Madras plague regulations and rules for the city of Madras
Disease focus: Plague
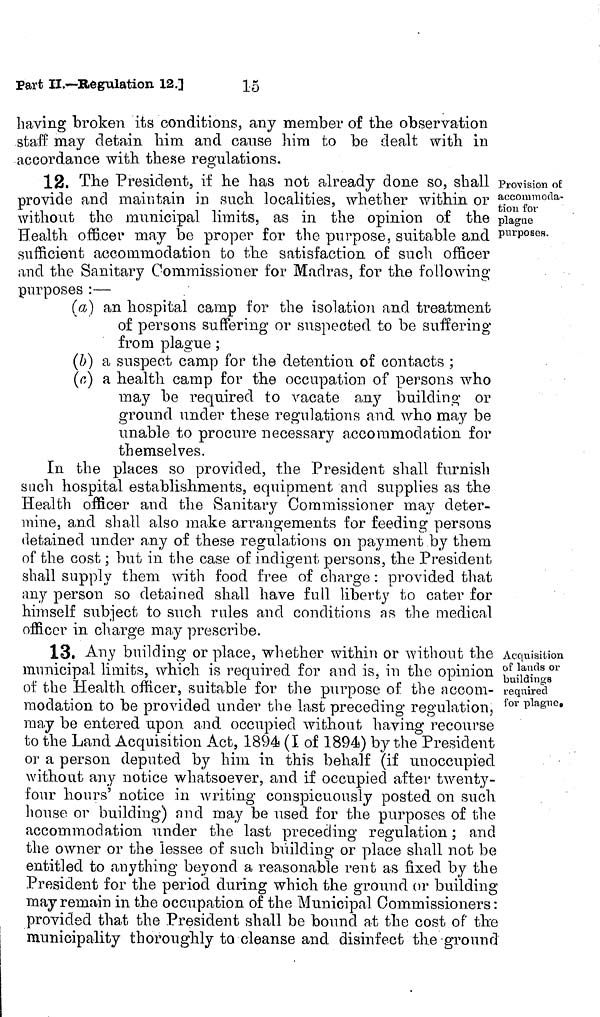
having broken its conditions, any member of the observation
staff may detain Mm and canse him to be dealt with in
accordance with these regulations.
Provision of
accommoda-
tion for
plague
purposes.
12. The President, if he has not already done so, shall
provide and maintain in such localities, whether within or
without the municipal limits, as in the opinion of the
Health officer may be proper for the purpose, suitable and
sufficient accommodation to the satisfaction of such officer
and the Sanitary Commissioner for Madras, for the following
purposes :—
(a) an hospital camp for the isolation and treatment
of persons suffering or suspected to be suffering
from plague ;
(b) a suspect camp for the detention of contacts ;
(c) a health camp for the occupation of persons who
may be required to vacate any building or
ground under these regulations and who may be
unable to procure necessary accommodation for
themselves.
In the places so provided, the President shall furnish
such hospital establishments, equipment and supplies as the
Health officer and the Sanitary Commissioner may deter-
mine, and shall also make arrangements for feeding persons
detained under any of these regulations on payment by them
of the cost ; but in the case of indigent persons, the President
shall supply them with food free of charge : provided that
any person so detained shall have full liberty to cater for
himself subject to such rules and conditions as the medical
officer in charge may prescribe.
Acquisition
of lands or
buildings
required
for plague.
13. Any building or place, whether within or without the
municipal limits, which is required for and is, in the opinion
of the Health officer, suitable for the purpose of the accom-
modation to be provided under the last preceding regulation,
may be entered upon and occupied without having recourse
to the Land Acquisition Act, 1894 (I of 1894) by the President
or a person deputed by him in this behalf (if unoccupied
without any notice whatsoever, and if occupied after twenty-
four hours' notice in writing conspicuously posted on such
house or building) and may be used for the purposes of the
accommodation under the last preceding regulation ; and
the owner or the lessee of such building or place shall not be
entitled to anything beyond a reasonable rent as fixed by the
President for the period during which the ground or building
may remain in the occupation of the Municipal Commissioners:
provided that the President shall be bound at the cost of the
municipality thoroughly to cleanse and disinfect the ground